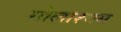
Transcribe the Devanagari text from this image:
गोलाश्यम